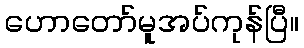
ဟောတော်မူအပ်ကုန်ပြီ။